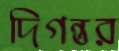
দিগন্তর